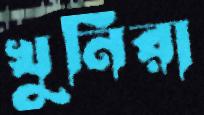
খুনিরা